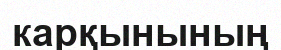
карқынының